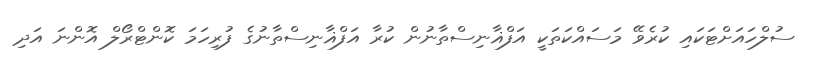
ސުލްހައަށްޓަކައި ކުރެވޭ މަސައްކަތަކީ އަފްޣާނިސްތާނުން ކުރާ އަފްޣާނިސްތާނުގެ ފުރިހަމަ ކޮންޓްރޯލް އޮންނަ އަދި